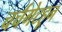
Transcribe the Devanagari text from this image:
चर्चगेटहून